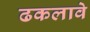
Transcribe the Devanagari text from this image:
ढकलावे